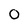
Character: 0